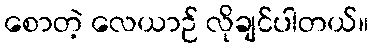
စောတဲ့ လေယာဉ် လိုချင်ပါတယ်။